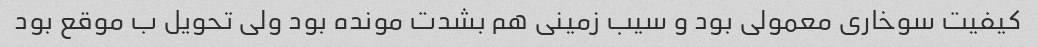
کیفیت سوخاری معمولی بود و سیب زمینی هم بشدت مونده بود ولی تحویل ب موقع بود